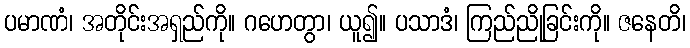
ပမာဏံ၊ အတိုင်းအရှည်ကို။ ဂဟေတွာ၊ ယူ၍။ ပသာဒံ၊ ကြည်ညိုခြင်းကို။ ဇနေတိ၊